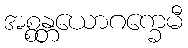
အစ္စန္တယောဂက္ခေမီ